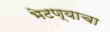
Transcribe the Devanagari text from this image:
भेटण्याचा